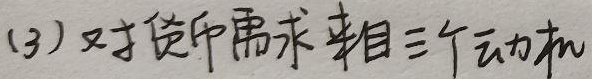
(3) 对货币需求来自三个动机